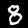
Label: 8